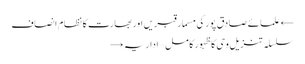
← علمائے صادق پور کی مسمار قبریں اور بھارت کا نظام انصاف
سلسلہ تنزیلِ وحی کا ظہورِ کامل – اداریہ →